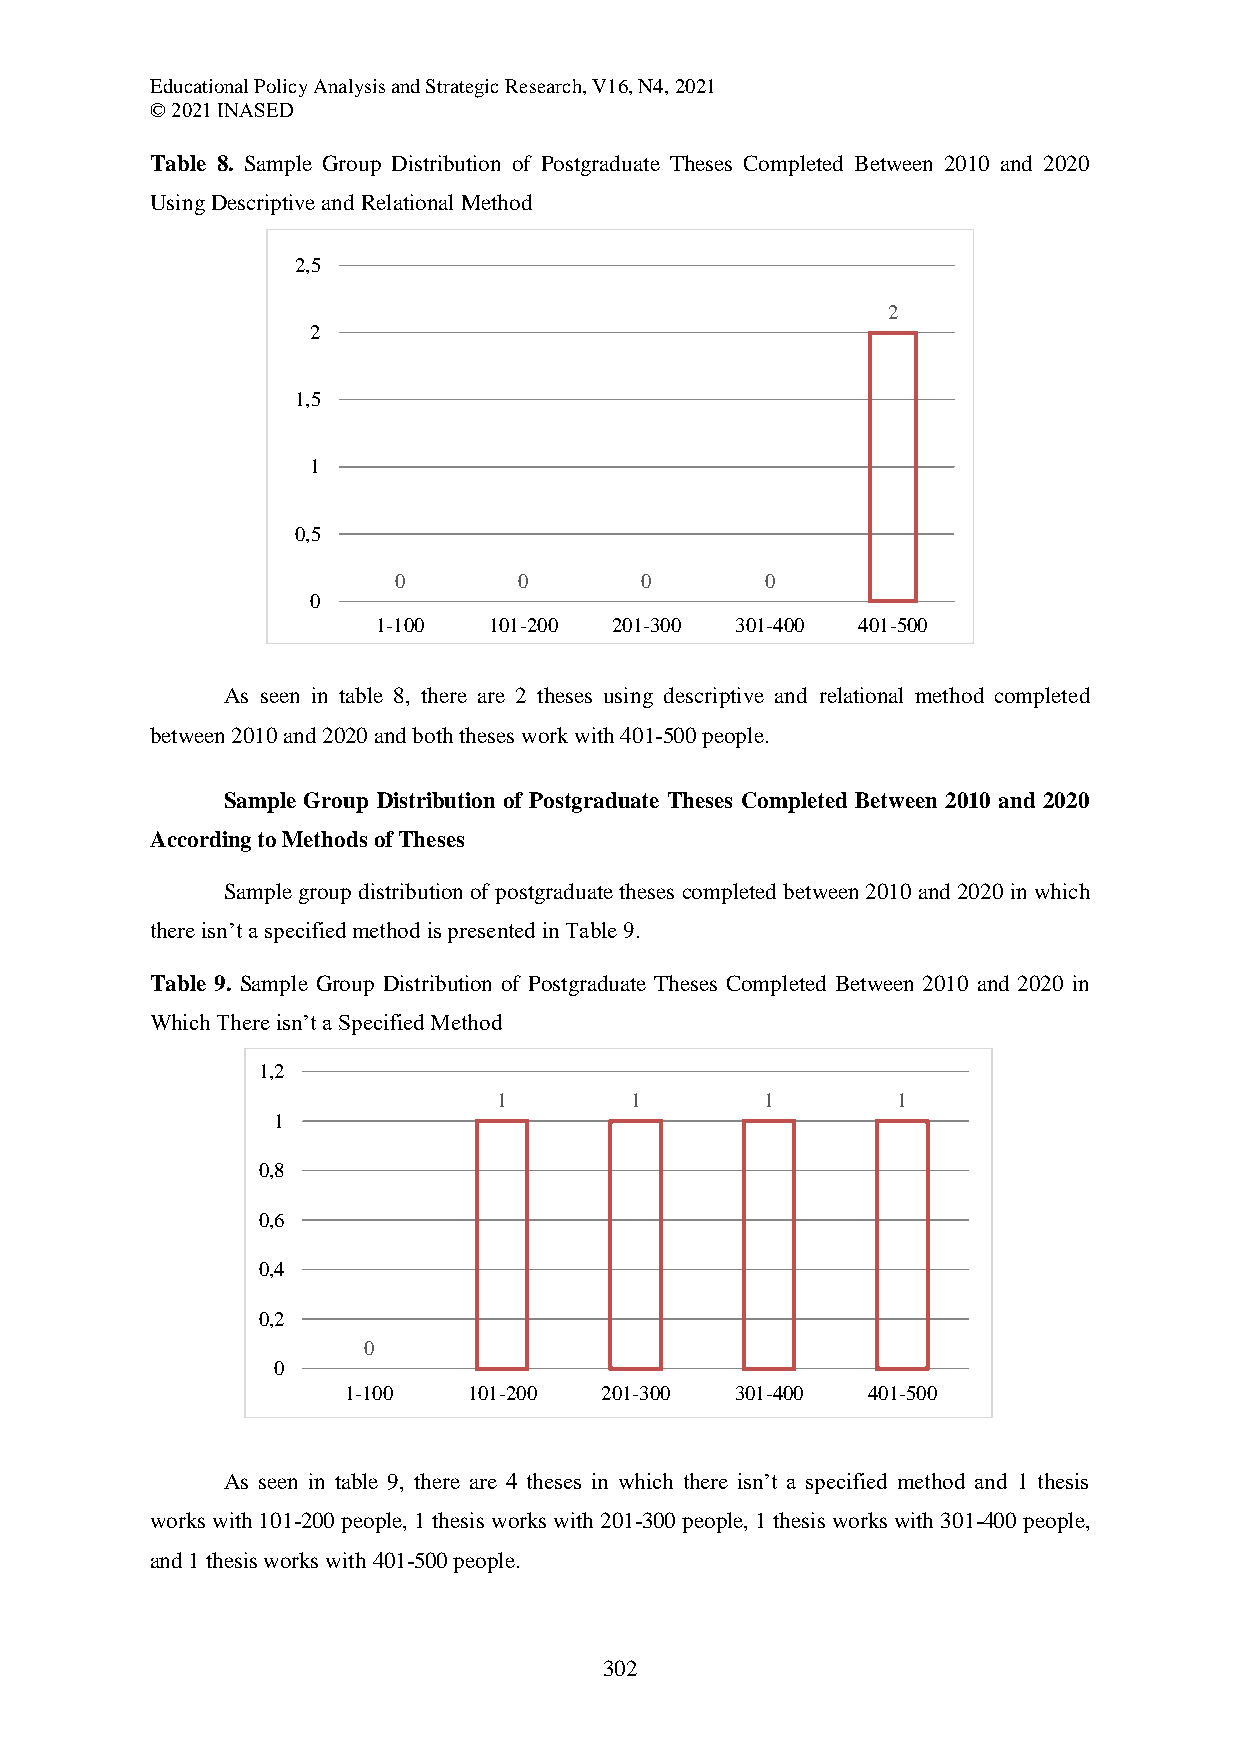
Educational Policy Analysis and Strategic Research, V16, N4, 2021
 © 2021 INASED
 Table 8. Sample Group Distribution of Postgraduate Theses Completed Between 2010 and 2020
 Using Descriptive and Relational Method
 2,5
 2
 2
 1,5
 1
 0,5
 0       0       0        0
 0
 1-100  101-200  201-300 301-400 401-500
 As seen in table 8, there are 2 theses using descriptive and relational method completed
 between 2010 and 2020 and both theses work with 401-500 people.
 Sample Group Distribution of Postgraduate Theses Completed Between 2010 and 2020
 According to Methods of Theses
 Sample group distribution of postgraduate theses completed between 2010 and 2020 in which
 there isn’t a specified method is presented in Table 9.
 Table 9. Sample Group Distribution of Postgraduate Theses Completed Between 2010 and 2020 in
 Which There isn’t a Specified Method
 1,2
 1        1        1       1
 1
 0,8
 0,6
 0,4
 0,2
 0
 0
 1-100   101-200  201-300  301-400 401-500
 As seen in table 9, there are 4 theses in which there isn’t a specified method and 1 thesis
 works with 101-200 people, 1 thesis works with 201-300 people, 1 thesis works with 301-400 people,
 and 1 thesis works with 401-500 people.
 302